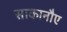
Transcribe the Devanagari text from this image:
साकानौए